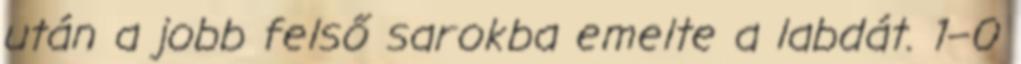
után a jobb felső sarokba emelte a labdát. 1–0